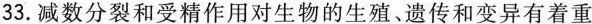
33.减数分裂和受精作用对生物的生殖、遗传和变异有着重